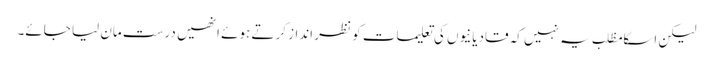
لیکن اسکا مظلب یہ نہیں کہ قادیانیوں کی تعلیمات کو نظر انداز کرتے ہوئے انھیں درست مان لیا جائے۔